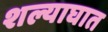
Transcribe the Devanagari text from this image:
शल्याघात